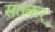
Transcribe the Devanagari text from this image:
सतकर्